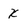
Character: x